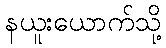
နယူးယောက်သို့